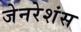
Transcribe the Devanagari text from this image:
जेनरेशंस